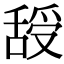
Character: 𦧦